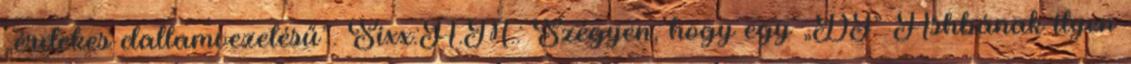
„érdekes dallamvezetésű”. Sixx:A.M.: Szégyen, hogy egy „DJ” Ashbának ilyen